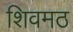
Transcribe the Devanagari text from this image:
शिवमठ